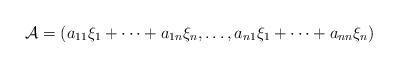
LaTeX: \begin{align*}\mathcal{A} = (a_{11}\xi_{1} + \dots + a_{1n}\xi_{n}, \dots , a_{n1}\xi_{1} + \dots + a_{nn}\xi_{n})\end{align*}